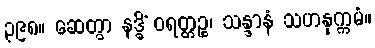
၃၉၈။ ဆေတွာ နဒ္ဓိံ ဝရတ္တဉ္စ၊ သန္ဒာနံ သဟနုက္ကမံ။